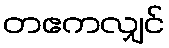
တဧကလျှင်